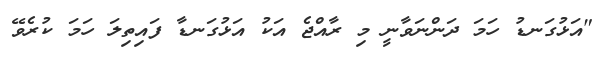
"އަޅުގަނޑު ހަމަ ދަންނަވާނީ މި ރާއްޖެ އަކު އަޅުގަނޑާ ފައިތިލަ ހަމަ ކުރެވޭ